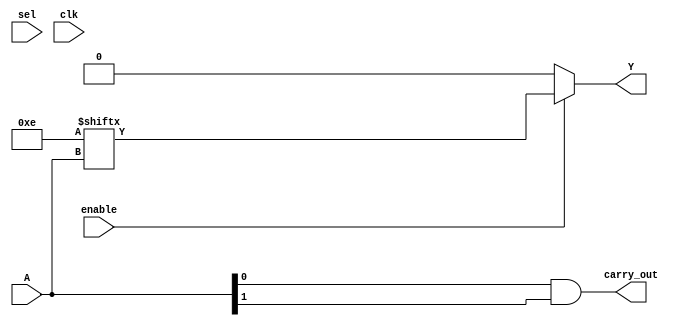
module CLB (
    input wire [3:0] A,          // 4-bit input to the LUT
    input wire [1:0] sel,        // Select signal for the multiplexer
    input wire enable,           // Enable signal
    input wire clk,              // Clock signal for synchronous operations (if needed)
    output wire Y,               // Output of the CLB
    output wire carry_out        // Carry output (for arithmetic operations)
);

// LUT configuration (example: AND function for A[0] and A[1])
reg [15:0] LUT;  // 4-input LUT can have 2^4 = 16 entries

// Initialize LUT with a specific function (example: A[0] AND A[1])
initial begin
    LUT = 16'b0000000000001110; // Only outputs true for specific combinations
end

// Carry logic (example: simple carry generation)
assign carry_out = A[0] & A[1]; // Example carry logic (A[0] AND A[1])

// Output logic using enable signal
assign Y = enable ? LUT[{A[3], A[2], A[1], A[0]}] : 1'b0; // Output of LUT based on enable

endmodule